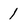
Character: 1